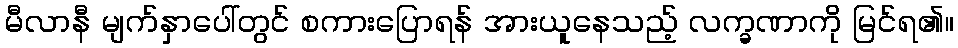
မီလာနီ မျက်နှာပေါ်တွင် စကားပြောရန် အားယူနေသည့် လက္ခဏာကို မြင်ရ၏။